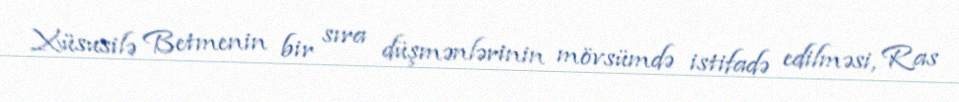
Xüsusilə Betmenin bir sıra düşmənlərinin mövsümdə istifadə edilməsi, Ras